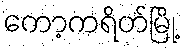
ကော့ကရိတ်မြို့